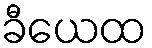
ခီယေထ